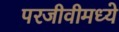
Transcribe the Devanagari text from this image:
परजीवीमध्ये